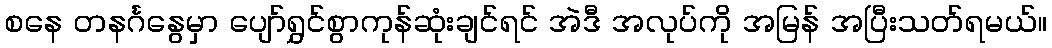
စနေ တနင်္ဂနွေမှာ ပျော်ရွှင်စွာကုန်ဆုံးချင်ရင် အဲဒီ အလုပ်ကို အမြန် အပြီးသတ်ရမယ်။